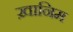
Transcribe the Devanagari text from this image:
ख़ानिम